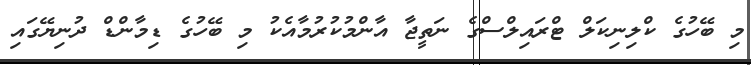
މި ބޭހުގެ ކްލިނިކަލް ޓްރައިލްސްގެ ނަތީޖާ އާންމުކުރުމާއެކު މި ބޭހުގެ ޑިމާންޑް ދުނިޔޭގައި